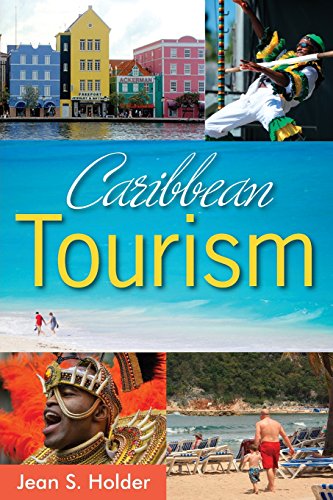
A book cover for Caribbean Tourism; Jean S. Holder; Business & Money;